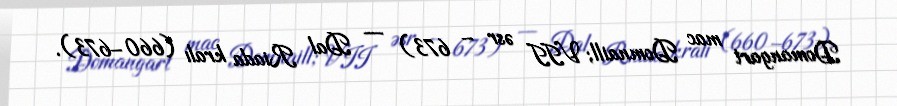
Domangart mac Domnaill; VII əsr – 673) — Dal Riada kralı (660–673).